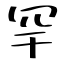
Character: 罕